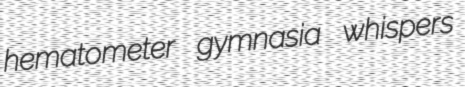
hematometer gymnasia whispers